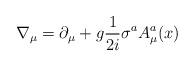
LaTeX: \begin{align*}\nabla_{\mu} = \partial_{\mu} + g \frac{1}{2i} \sigma^aA^a_{\mu}(x)\end{align*}